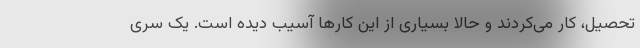
تحصیل، کار می‌کردند و حالا بسیاری از این کارها آسیب دیده است. یک سری